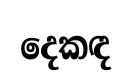
දෙකඳ